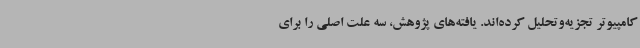
کامپیوتر تجزیه‌وتحلیل کرده‌اند. یافته‌های پژوهش، سه علت اصلی را برای